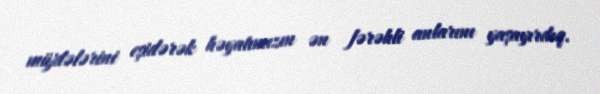
müjdələrini eşidərək həyatımızın ən fərəhli anlarını yaşayırdıq.